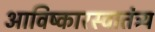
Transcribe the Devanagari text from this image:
आविष्कारस्वातंत्र्य